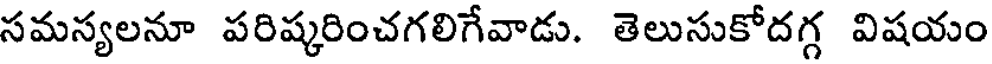
సమస్యలనూ పరిష్కరించగలిగేవాడు. తెలుసుకోదగ్గ విషయం